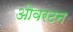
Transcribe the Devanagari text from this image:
ओवरटन